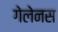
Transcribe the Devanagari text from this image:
गेलेनस